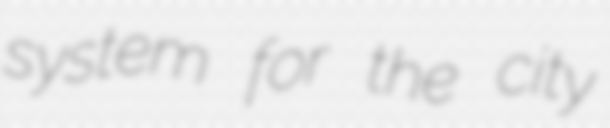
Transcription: system for the city